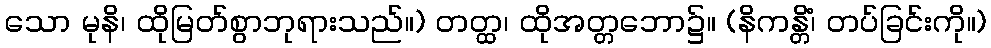
သော မုနိ၊ ထိုမြတ်စွာဘုရားသည်။) တတ္ထ၊ ထိုအတ္တဘော၌။ (နိကန္တိံ၊ တပ်ခြင်းကို။)